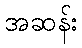
အဆန်း